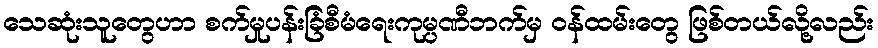
သေဆုံးသူတွေဟာ စက်မှုပန်းခြံစီမံရေးကုမ္ပဏီဘက်မှ ဝန်ထမ်းတွေ ဖြစ်တယ်လို့လည်း